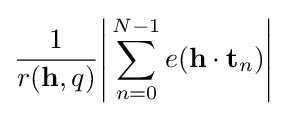
{\frac {1}{r(\mathbf {h} ,q)}}{\Bigg |}\sum _{n=0}^{N-1}e(\mathbf {h} \cdot \mathbf {t} _{n}){\Bigg |}